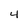
Character: 4